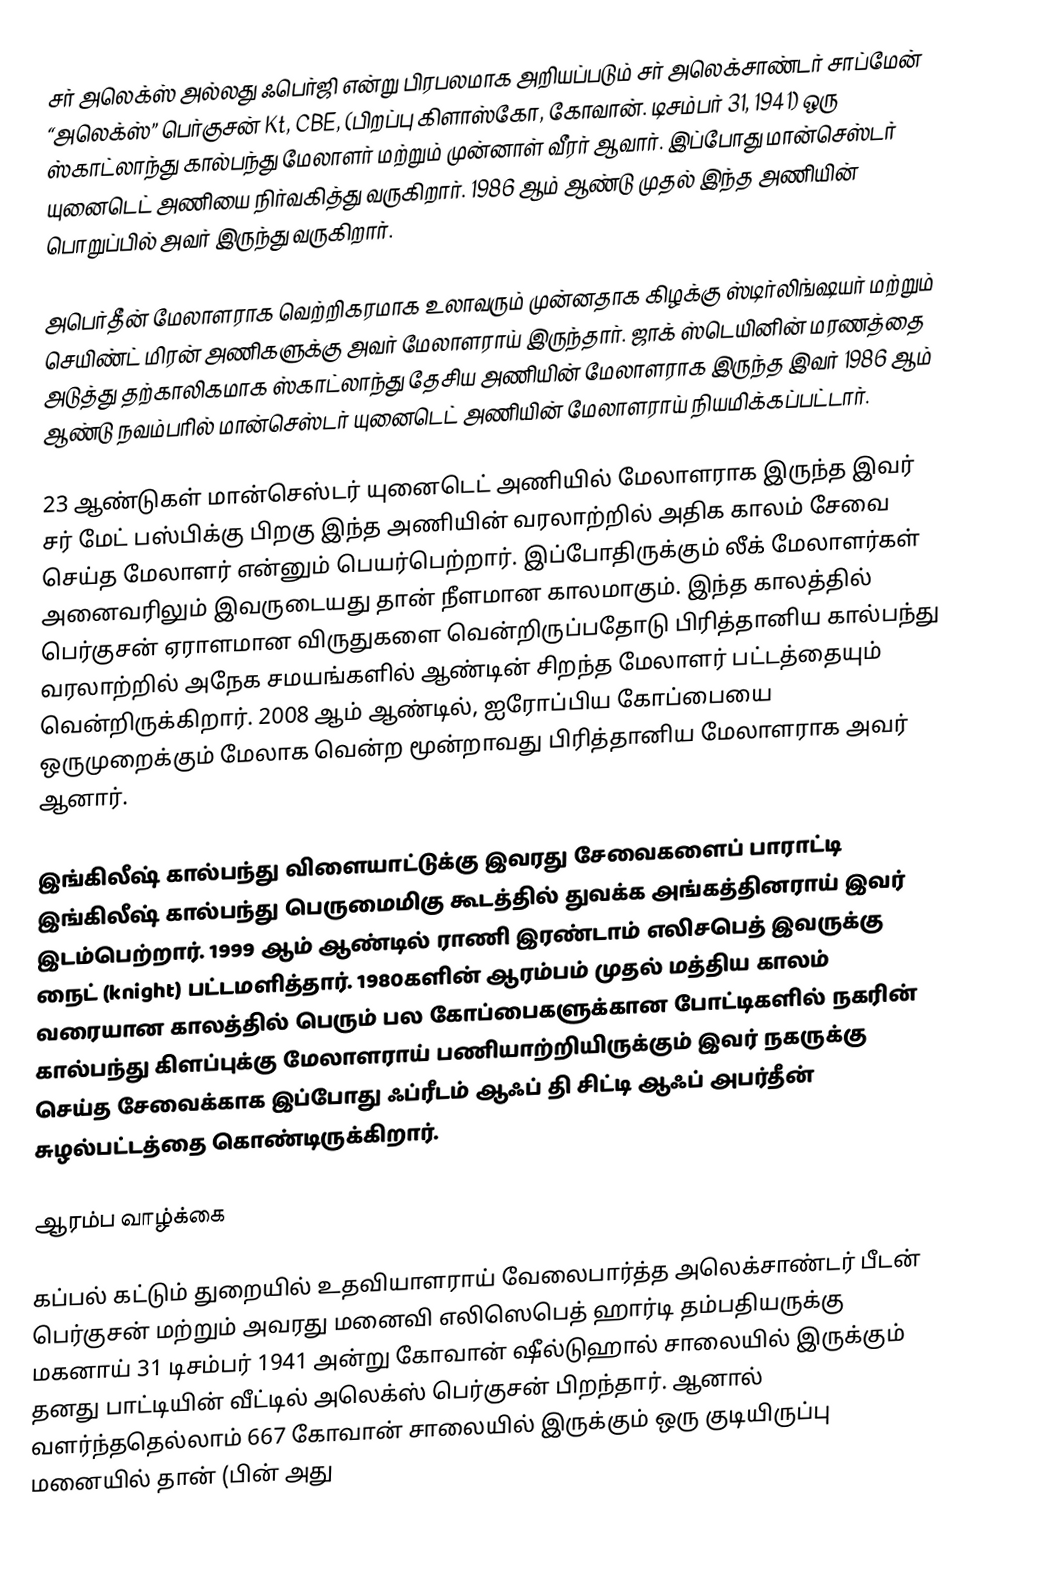
சர் அலெக்ஸ் அல்லது ஃபெர்ஜி என்று பிரபலமாக அறியப்படும் சர் அலெக்சாண்டர் சாப்மேன் “அலெக்ஸ்” பெர்குசன் Kt, CBE, (பிறப்பு கிளாஸ்கோ, கோவான். டிசம்பர் 31, 1941) ஒரு ஸ்காட்லாந்து கால்பந்து மேலாளர் மற்றும் முன்னாள் வீரர் ஆவார். இப்போது மான்செஸ்டர் யுனைடெட் அணியை நிர்வகித்து வருகிறார். 1986 ஆம் ஆண்டு முதல் இந்த அணியின் பொறுப்பில் அவர் இருந்து வருகிறார்.

அபெர்தீன் மேலாளராக வெற்றிகரமாக உலாவரும் முன்னதாக கிழக்கு ஸ்டிர்லிங்ஷயர் மற்றும் செயிண்ட் மிரன் அணிகளுக்கு அவர் மேலாளராய் இருந்தார். ஜாக் ஸ்டெயினின் மரணத்தை அடுத்து தற்காலிகமாக ஸ்காட்லாந்து தேசிய அணியின் மேலாளராக இருந்த இவர் 1986 ஆம் ஆண்டு நவம்பரில் மான்செஸ்டர் யுனைடெட் அணியின் மேலாளராய் நியமிக்கப்பட்டார்.

23 ஆண்டுகள் மான்செஸ்டர் யுனைடெட் அணியில் மேலாளராக இருந்த இவர் சர் மேட் பஸ்பிக்கு பிறகு இந்த அணியின் வரலாற்றில் அதிக காலம் சேவை செய்த மேலாளர் என்னும் பெயர்பெற்றார். இப்போதிருக்கும் லீக் மேலாளர்கள் அனைவரிலும் இவருடையது தான் நீளமான காலமாகும். இந்த காலத்தில் பெர்குசன் ஏராளமான விருதுகளை வென்றிருப்பதோடு பிரித்தானிய கால்பந்து வரலாற்றில் அநேக சமயங்களில் ஆண்டின் சிறந்த மேலாளர் பட்டத்தையும் வென்றிருக்கிறார். 2008 ஆம் ஆண்டில், ஐரோப்பிய கோப்பையை ஒருமுறைக்கும் மேலாக வென்ற மூன்றாவது பிரித்தானிய மேலாளராக அவர் ஆனார்.

இங்கிலீஷ் கால்பந்து விளையாட்டுக்கு இவரது சேவைகளைப் பாராட்டி இங்கிலீஷ் கால்பந்து பெருமைமிகு கூடத்தில் துவக்க அங்கத்தினராய் இவர் இடம்பெற்றார். 1999 ஆம் ஆண்டில் ராணி இரண்டாம் எலிசபெத் இவருக்கு நைட் (knight) பட்டமளித்தார். 1980களின் ஆரம்பம் முதல் மத்திய காலம் வரையான காலத்தில் பெரும் பல கோப்பைகளுக்கான போட்டிகளில் நகரின் கால்பந்து கிளப்புக்கு மேலாளராய் பணியாற்றியிருக்கும் இவர் நகருக்கு செய்த சேவைக்காக இப்போது ஃப்ரீடம் ஆஃப் தி சிட்டி ஆஃப் அபர்தீன் சுழல்பட்டத்தை கொண்டிருக்கிறார்.

ஆரம்ப வாழ்க்கை

கப்பல் கட்டும் துறையில் உதவியாளராய் வேலைபார்த்த அலெக்சாண்டர் பீடன் பெர்குசன் மற்றும் அவரது மனைவி எலிஸெபெத் ஹார்டி தம்பதியருக்கு மகனாய் 31 டிசம்பர் 1941 அன்று கோவான் ஷீல்டுஹால் சாலையில் இருக்கும் தனது பாட்டியின் வீட்டில் அலெக்ஸ் பெர்குசன் பிறந்தார். ஆனால் வளர்ந்ததெல்லாம் 667 கோவான் சாலையில் இருக்கும் ஒரு குடியிருப்பு மனையில் தான் (பின் அது